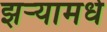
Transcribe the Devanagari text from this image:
झर्‍यामधे